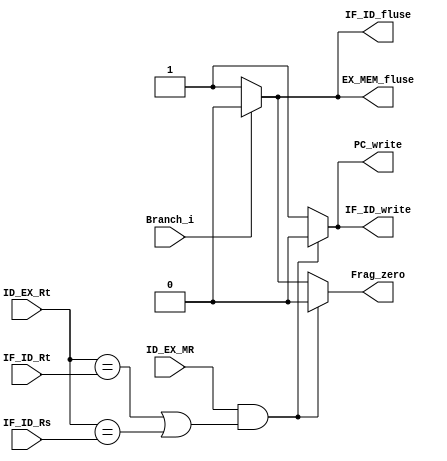
//Subject:     CO project 4 - Pipe Register
//--------------------------------------------------------------------------------
//Version:     1
//--------------------------------------------------------------------------------
//Writer:      
//----------------------------------------------
//Date:        
//----------------------------------------------
//Description: 
//--------------------------------------------------------------------------------

module Hazard_Detect_Unit(
		PC_write,
		IF_ID_write,
		Frag_zero,
		IF_ID_Rt,
		IF_ID_Rs,
		ID_EX_Rt,
		ID_EX_MR,
		Branch_i,
		IF_ID_fluse,
		EX_MEM_fluse
		);
		
output	reg	PC_write;
output	reg	IF_ID_write;
output	reg	Frag_zero;
input	 [5-1:0]	IF_ID_Rt;
input	 [5-1:0]	IF_ID_Rs;
input	 [5-1:0]	ID_EX_Rt;
input				ID_EX_MR;
input				Branch_i;
output	reg	IF_ID_fluse;
output	reg	EX_MEM_fluse;
always @(*)begin
	if(ID_EX_MR && ((ID_EX_Rt==IF_ID_Rt) || (ID_EX_Rt==IF_ID_Rs)))begin
		Frag_zero<=0;
		PC_write<=0;
		IF_ID_write<=0;
	end 
	else begin
		if(Branch_i)begin
			Frag_zero<=0;
		end 
		else begin
			Frag_zero<=1;
		end
		PC_write<=1;
		IF_ID_write<=1;	
	end
		if(Branch_i)begin
			//Frag_zero<=0;
			IF_ID_fluse<=0;
			EX_MEM_fluse<=0;
		end 
		else begin
			//Frag_zero<=1;
			IF_ID_fluse<=1;
			EX_MEM_fluse<=1;
		end
end
endmodule